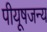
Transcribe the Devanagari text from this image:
पीयूषजन्य